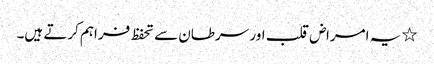
٭ یہ امراض قلب اور سرطان سے تحفظ فراہم کرتے ہیں۔